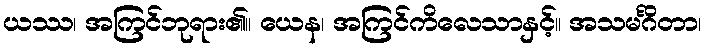
ယဿ၊ အကြင်ဘုရား၏။ ယေန၊ အကြင်ကိလေသာနှင့်။ အသမင်္ဂိတာ၊